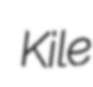
Kile